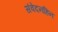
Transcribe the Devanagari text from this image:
संवेदनहिन